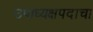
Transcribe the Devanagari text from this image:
उपाध्यक्षपदाचा